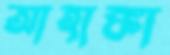
আহাঙ্কা